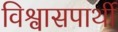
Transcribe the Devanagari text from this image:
विश्वासपार्थी